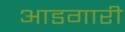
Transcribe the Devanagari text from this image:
आडगारी